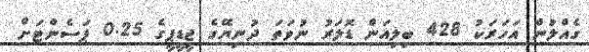
ގެއްލުން އަހަރަކު 428 ބިލިއަން ޑޮލަރު ނުވަތަ ދުނިޔޭގެ ޖީޑީޕީގެ 0.25 ޕަސެންޓަށް